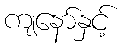
ကျနော်နှင့်